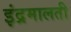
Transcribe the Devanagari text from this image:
इंद्रमालती